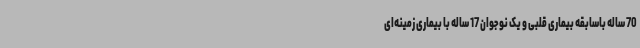
70 ساله باسابقه بیماری قلبی و یک نوجوان 17 ساله با بیماری زمینه‌ای